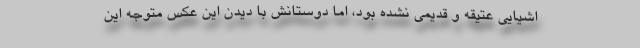
اشیایی عتیقه و قدیمی نشده بود، اما دوستانش با دیدن این عکس متوجه این